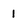
Character: 1